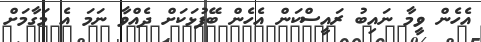
އެހެން ވީމާ ނައިބު ރައީސްކަން އެހެން ބޭފުޅަކަށް ދެއްވާ ނަމަ އެ މަގާމަށް